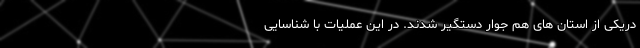
دریکی از استان های هم جوار دستگیر شدند. در این عملیات با شناسایی